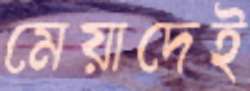
মেয়াদেই